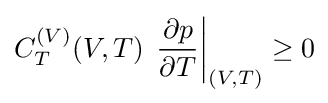
C_{T}^{(V)}(V,T)\,\left.{\frac {\partial p}{\partial T}}\right|_{(V,T)}\geq 0